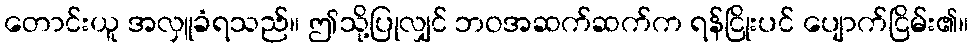
တောင်းယူ အလှူခံရသည်။ ဤသို့ပြုလျှင် ဘဝအဆက်ဆက်က ရန်ငြိုးပင် ပျောက်ငြိမ်း၏။